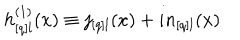
h _ { [ q ] l } ^ { ( 1 ) } ( x ) \equiv j _ { [ q ] l } ( x ) + i n _ { [ q ] l } ( x )